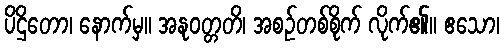
ပိဌိတော၊ နောက်မှ။ အနုဝတ္တတိ၊ အစဉ်တစ်စိုက် လိုက်၏။ ဧသော၊